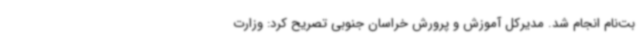
بت‌نام انجام شد. مدیرکل آموزش و پرورش خراسان جنوبی تصریح کرد: وزارت